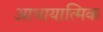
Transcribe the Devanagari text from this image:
आधायात्मिक